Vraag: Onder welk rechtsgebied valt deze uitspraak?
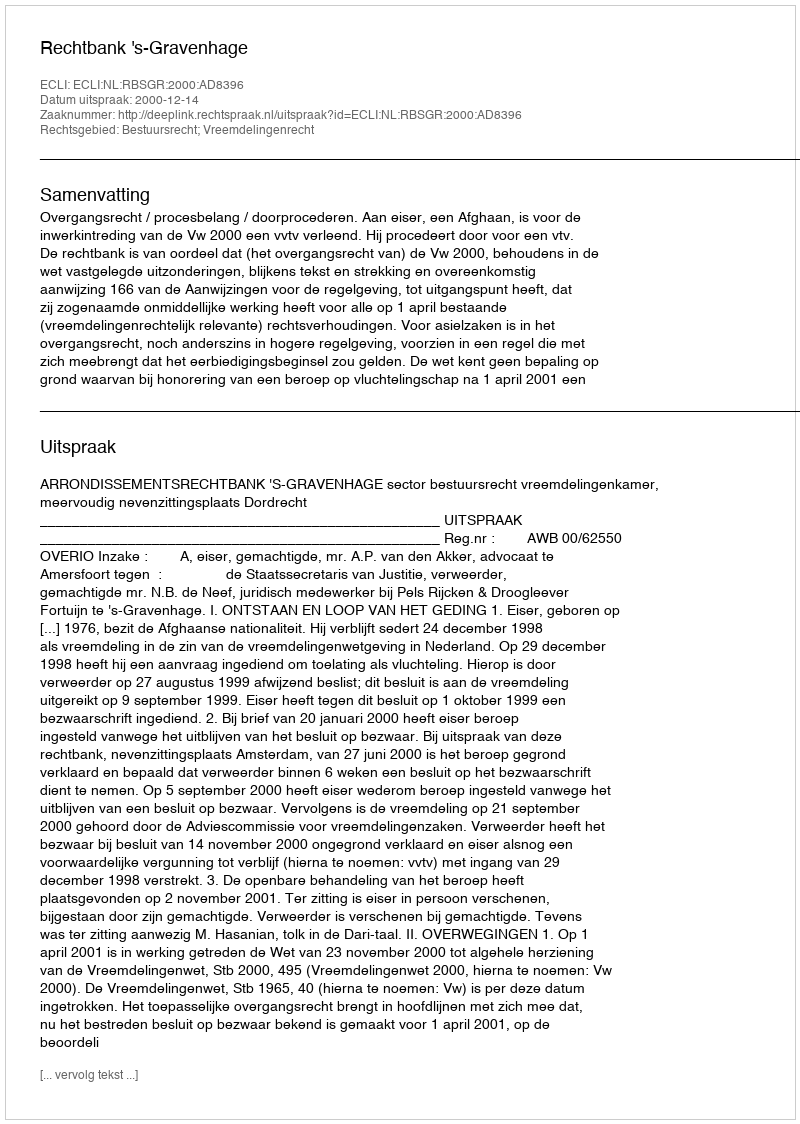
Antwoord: Bestuursrecht; Vreemdelingenrecht